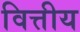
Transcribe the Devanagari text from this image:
वित्तीय